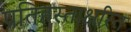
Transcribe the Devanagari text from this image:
प्रतिहस्ताक्षरित